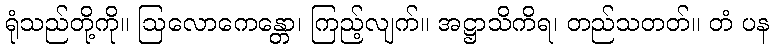
ရုံသည်တို့ကို။ ဩလောကေန္တော၊ ကြည့်လျက်။ အဋ္ဌာသိကိရ၊ တည်သတတ်။ တံ ပန